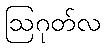
ဩဂုတ်လ